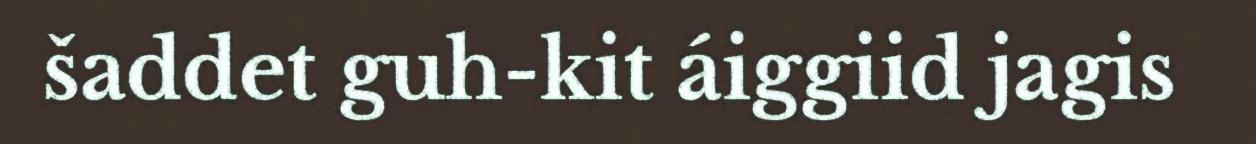
šaddet guh-kit áiggiid jagis